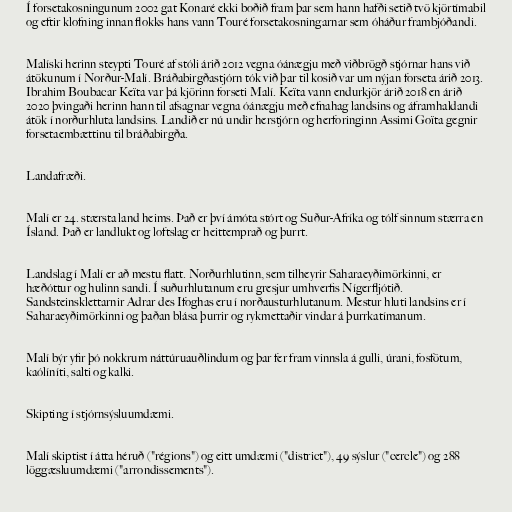
Í forsetakosningunum 2002 gat Konaré ekki boðið fram þar sem hann hafði setið tvö kjörtímabil
og eftir klofning innan flokks hans vann Touré forsetakosningarnar sem óháður frambjóðandi.

Malíski herinn steypti Touré af stóli árið 2012 vegna óánægju með viðbrögð stjórnar hans við
átökunum í Norður-Malí. Bráðabirgðastjórn tók við þar til kosið var um nýjan forseta árið 2013.
Ibrahim Boubacar Keïta var þá kjörinn forseti Malí. Keïta vann endurkjör árið 2018 en árið
2020 þvingaði herinn hann til afsagnar vegna óánægju með efnahag landsins og áframhaldandi
átök í norðurhluta landsins. Landið er nú undir herstjórn og herforinginn Assimi Goïta gegnir
forsetaembættinu til bráðabirgða.

Landafræði.

Malí er 24. stærsta land heims. Það er því ámóta stórt og Suður-Afríka og tólf sinnum stærra en
Ísland. Það er landlukt og loftslag er heittemprað og þurrt.

Landslag í Malí er að mestu flatt. Norðurhlutinn, sem tilheyrir Saharaeyðimörkinni, er
hæðóttur og hulinn sandi. Í suðurhlutanum eru gresjur umhverfis Nígerfljótið.
Sandsteinsklettarnir Adrar des Ifoghas eru í norðausturhlutanum. Mestur hluti landsins er í
Saharaeyðimörkinni og þaðan blása þurrir og rykmettaðir vindar á þurrkatímanum.

Malí býr yfir þó nokkrum náttúruauðlindum og þar fer fram vinnsla á gulli, úrani, fosfötum,
kaólíníti, salti og kalki.

Skipting í stjórnsýsluumdæmi.

Malí skiptist í átta héruð ("régions") og eitt umdæmi ("district"), 49 sýslur ("cercle") og 288
löggæsluumdæmi ("arrondissements").